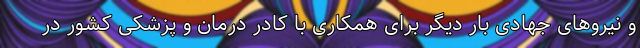
و نیروهای جهادی بار دیگر برای همکاری با کادر درمان و پزشکی کشور در